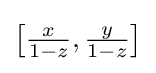
{\bigl [}{\tfrac {x}{1-z}},{\tfrac {y}{1-z}}{\bigr ]}